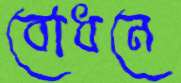
বোধনে